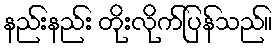
နည်းနည်း တိုးလိုက်ပြန်သည်။